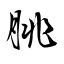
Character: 脁